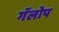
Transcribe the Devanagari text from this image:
गॅलोप